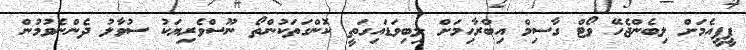
ޕީޕީއެމަށް ލިބެންޖެހޭ ވޯޓް ގާސިމް އިބްރާހިމަށް ލިބިވަޑައިގަތީ ކޮންގަތަކުންތޯ ނޫސްވެރިޔަކު ސުވާލު ދެންނެވުމުން